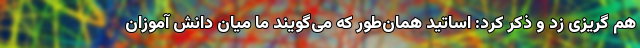
هم گریزی زد و ذکر کرد: اساتید همان‌طور که می‌گویند ما میان دانش آموزان